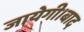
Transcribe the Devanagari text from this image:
जायेगी।बाद